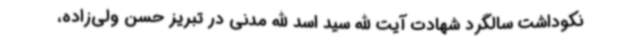
نکوداشت سالگرد شهادت آیت الله سید اسد الله مدنی در تبریز حسن ولی‌زاده،